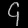
Digit: ၄